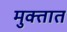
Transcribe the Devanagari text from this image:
मुक्तात